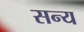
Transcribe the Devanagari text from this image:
सन्य